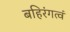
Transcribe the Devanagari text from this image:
बहिरंगत्वं